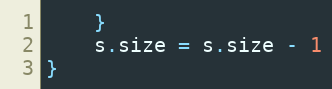
Language: Go
	}
	s.size = s.size - 1
}